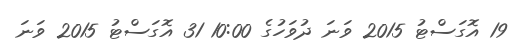
19 އޮގަސްޓު 2015 ވަނަ ދުވަހުގެ 10:00 31 އޮގަސްޓު 2015 ވަނަ